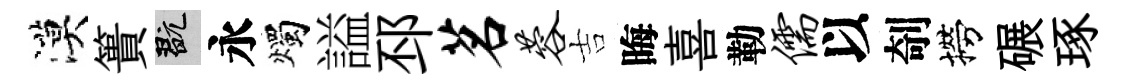
漠簣玩永燭謚邳茗蓉吉晦喜勒儒以剞撈碾琢